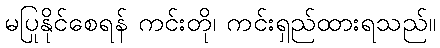
မပြုနိုင်စေရန် ကင်းတို၊ ကင်းရှည်ထားရသည်။